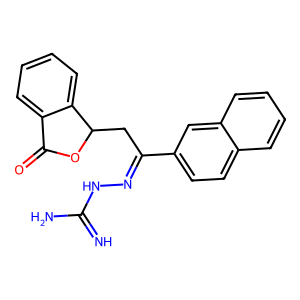
SMILES: N=C(N)NN=C(CC1OC(=O)c2ccccc21)c1ccc2ccccc2c1
Inhibits HIV replication: No